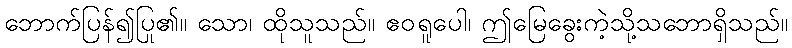
ဘောက်ပြန်၍ပြု၏။ သော၊ ထိုသူသည်။ ဧဝရူပေါ၊ ဤမြေခွေးကဲ့သို့သဘောရှိသည်။